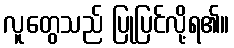
လူတွေသည် ပြုပြင်လို့ရ၏။